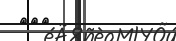
١١٦